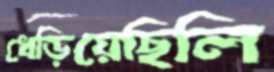
ধেড়িয়েছিলি